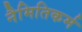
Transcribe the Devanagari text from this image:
नैमितिकर्म